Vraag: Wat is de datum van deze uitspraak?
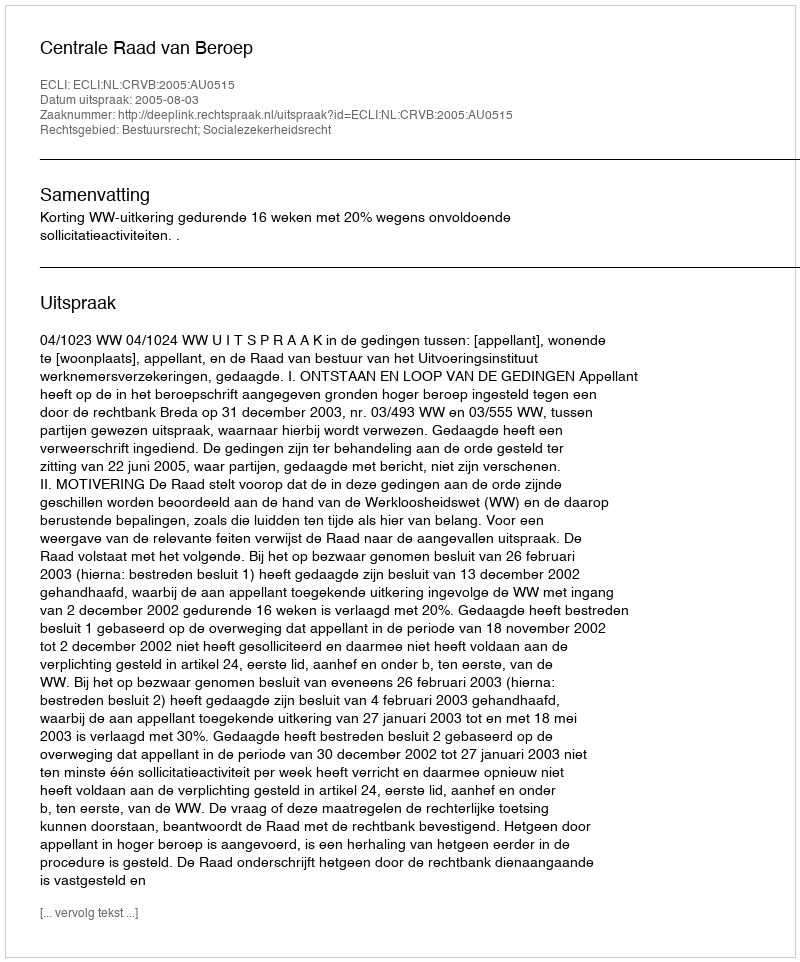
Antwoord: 2005-08-03